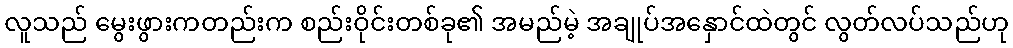
လူသည် မွေးဖွားကတည်းက စည်းဝိုင်းတစ်ခု၏ အမည်မဲ့ အချုပ်အနှောင်ထဲတွင် လွတ်လပ်သည်ဟု